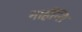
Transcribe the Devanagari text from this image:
नार्हन्ति